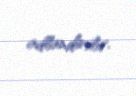
adlandırılır.